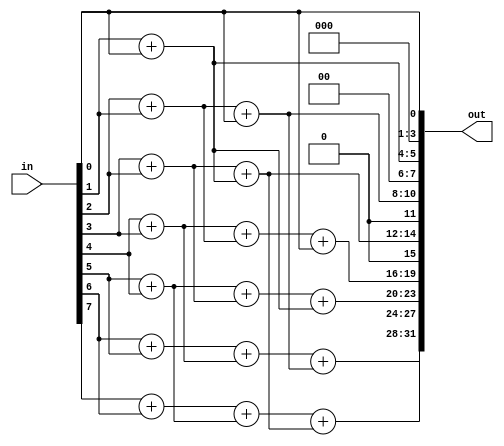
module prefix_sum #(parameter   NUM_INPUT   = 8,
                    parameter   INPUT_SIZE  = 4,
                    parameter   OUTPUT_SIZE = 4)
(
    input   [NUM_INPUT*INPUT_SIZE -1:0] in,
    output  [NUM_INPUT*OUTPUT_SIZE-1:0] out
);

    wire    [NUM_INPUT*OUTPUT_SIZE-1:0] stages  [$clog2(NUM_INPUT):0];
    
    generate
        genvar i, j;
        
        for (i=0; i<NUM_INPUT; i=i+1) begin: gen_stages0
            assign  stages[0][i*OUTPUT_SIZE+:OUTPUT_SIZE] = in[i];
        end
        
        for (j=0; j<$clog2(NUM_INPUT); j=j+1) begin: gen_stages1
            for (i=0; i<NUM_INPUT; i=i+1) begin: gen_stages2
                if (i < (1<<j)) begin: gen_sel0
                    assign  stages[j+1][i*OUTPUT_SIZE+:OUTPUT_SIZE] = stages[j][i*OUTPUT_SIZE+:OUTPUT_SIZE];
                end
                else begin: gen_sel1
                    assign  stages[j+1][i*OUTPUT_SIZE+:OUTPUT_SIZE] = stages[j][i*OUTPUT_SIZE+:OUTPUT_SIZE]+stages[j][(i-(1<<j))*OUTPUT_SIZE+:OUTPUT_SIZE];
                end
            end
        end
    endgenerate
    
    assign out = stages[$clog2(NUM_INPUT)];

endmodule